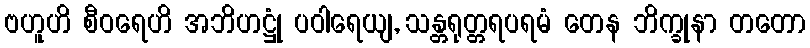
ဗဟူဟိ စီဝရေဟိ အဘိဟဋ္ဌုံ ပဝါရေယျ, သန္တရုတ္တရပရမံ တေန ဘိက္ခုနာ တတော